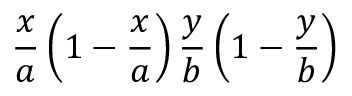
\displaystyle \frac { x } { a } \left( 1 - \frac { x } { a } \right) \frac { y } { b } \left( 1 - \frac { y } { b } \right)